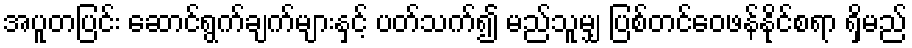
အပူတပြင်း ဆောင်ရွက်ချက်များနှင့် ပတ်သက်၍ မည်သူမျှ ပြစ်တင်ဝေဖန်နိုင်စရာ ရှိမည်